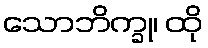
သောဘိက္ခု၊ ထို